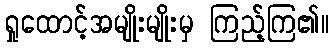
ရှုထောင့်အမျိုးမျိုးမှ ကြည့်ကြ၏။